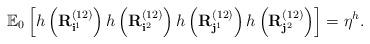
LaTeX: \begin{align*} \mathbb{E}_0\left[ h\left({\bf R}^{(12)}_{{\bf i}^1}\right) h\left({\bf R}^{(12)}_{{\bf i}^2}\right) h\left({\bf R}^{(12)}_{{\bf j}^1}\right) h\left({\bf R}^{(12)}_{ {\bf j}^2}\right)\right] = \eta^h.\end{align*}